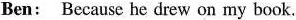
Ben: Because he drew on my book.